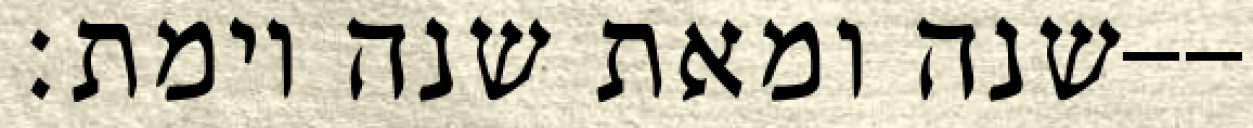
שנה ומאת שנה וימת׃--